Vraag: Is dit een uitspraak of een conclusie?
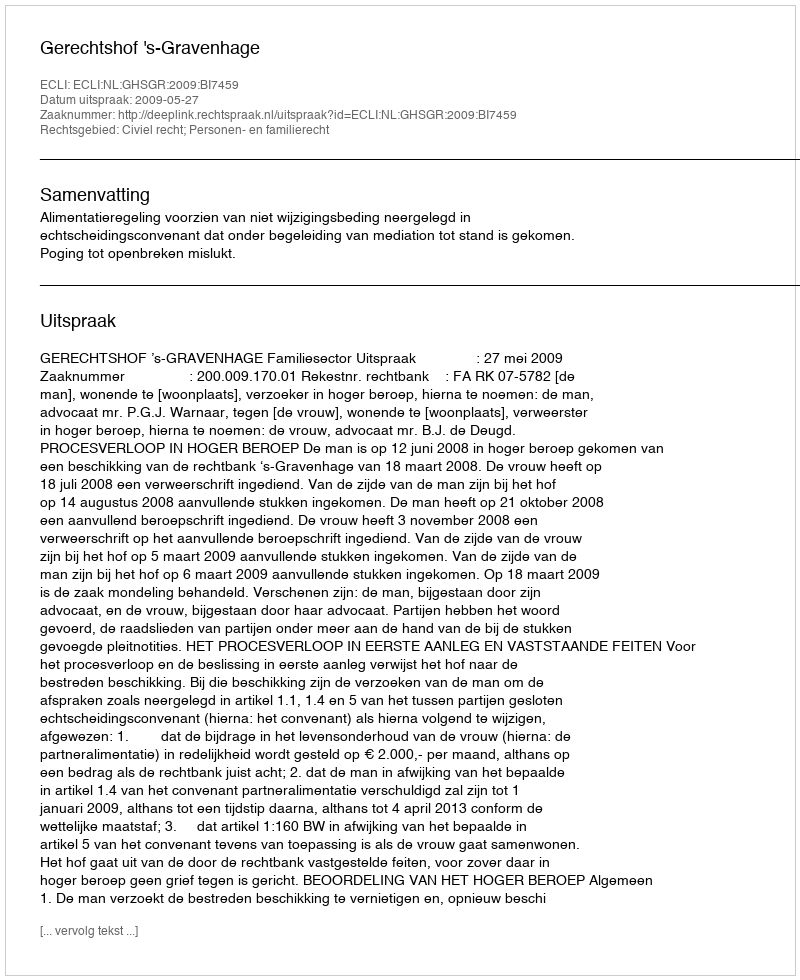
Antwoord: Uitspraak